Sketch of the medical history of the native army of Bombay, for the year
Year: 1870
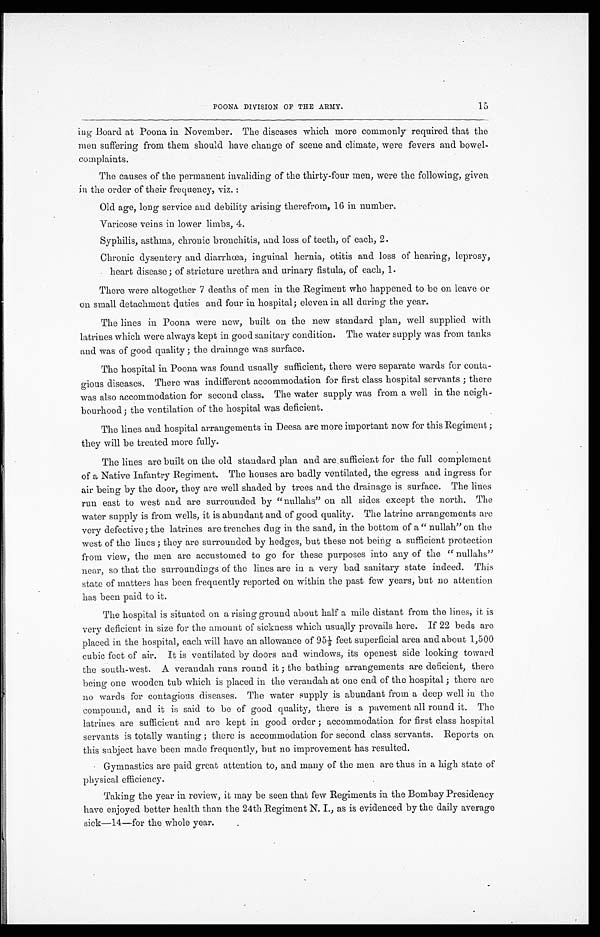
POONA DIVISION OF THE ARMY.
ing Board at Poona in November. The diseases which more commonly required that the
men suffering from them should have change of scene and climate, were fevers and bowel
-complaints.
The causes of the permanent invaliding of the thirty-four men, were the following, given
in the order of their frequency, viz.:
—
Old age, long service and debility arising therefrom, 16 in number.
Varicose veins in lower limbs, 4.
Syphilis, asthma, chronic bronchitis, and loss of teeth, of each, 2.
Chronic dysentery and diarrhœa, inguinal hernia, otitis and loss of hearing, leprosy,
heart disease; of stricture urethra and urinary fistula, of each, 1.
There were altogether 7 deaths of men in the Regiment who happened to be on leave or
on small detachment duties and four in hospital; eleven in all during the year.
The lines in Poona were new, built on the new standard plan, well supplied with
latrines which were always kept in good sanitary condition. The water supply was from tanks
and was of good quality; the drainage was surface.
The hospital in Poona was found usually sufficient, there were separate wards for conta
-gious diseases. There was indifferent accommodation for first class hospital servants; there
was also accommodation for second class. The water supply was from a well in the neigh
-bourhood; the ventilation of the hospital was deficient.
The lines and hospital arrangements in Deesa are more important now for this Regiment;
they will be treated more fully.
The lines are built on the old standard plan and are sufficient for the full complement
of a Native Infantry Regiment. The houses are badly ventilated, the egress and ingress for
air being by the door, they are well shaded by trees and the drainage is surface. The lines
run east to west and are surrounded by "nullahs" on all sides except the north. The
water supply is from wells, it is abundant and of good quality. The latrine arrangements are
very defective; the latrines are trenches dug in the sand, in the bottom of a "nullah" on the
west of the lines; they are surrounded by hedges, but these not being a sufficient protection
from view, the men are accustomed to go for these purposes into any of the " nullahs"
near, so that the surroundings of the lines are in a very bad sanitary state indeed. This
state of matters has been frequently reported on within the past few years, but no attention
has been paid to it.
The hospital is situated on a rising ground about half a mile distant from the lines, it is
very deficient in size for the amount of sickness which usually prevails here. If 22 beds are
placed in the hospital, each will have an allowance of 95½ feet superficial area and about 1,500
cubic feet of air. It is ventilated by doors and windows, its openest side looking toward
the south-west. A verandah runs round it; the bathing arrangements are deficient, there
being one wooden tub which is placed in the verandah at one end of the hospital; there are
no wards for contagious diseases. The water supply is abundant from a deep well in the
compound, and it is said to be of good quality, there is a pavement all round it. The
latrines are sufficient and are kept in good order; accommodation for first class hospital
servants is totally wanting; there is accommodation for second class servants. Reports on
this subject have been made frequently, but no improvement has resulted.
Gymnastics are paid great attention to, and many of the men are thus in a high state of
physical efficiency.
Taking the year in review, it may be seen that few Regiments in the Bombay Presidency
have enjoyed better health than the 24th Regiment N. I., as is evidenced by the daily average
sick—14—for the whole year.